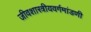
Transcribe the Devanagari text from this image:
जीवशास्त्रीयवर्गमांडणी